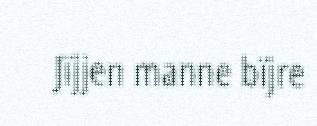
Jïjjen manne bïjre